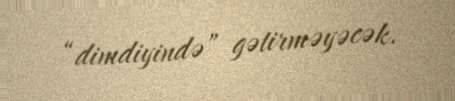
“dimdiyində” gətirməyəcək.